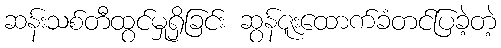
ဆန်းသစ်တီထွင်မှုရှိခြင်း ဆွန်ဇူးထောက်ခံတင်ပြခဲ့တဲ့